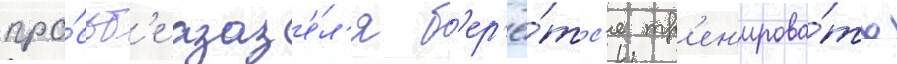
про́сьб'е азаз'е́л'я б'ер'ё́тс'я тр'ен'ирова́ть